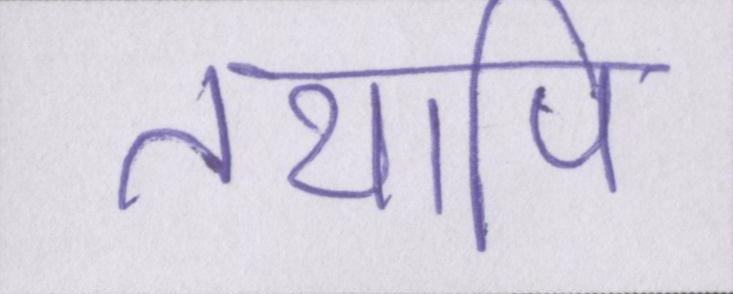
तथापि